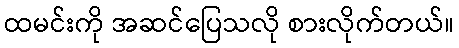
ထမင်းကို အဆင်ပြေသလို စားလိုက်တယ်။